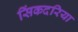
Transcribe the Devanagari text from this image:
सिंकदरिया